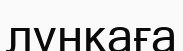
лункаға